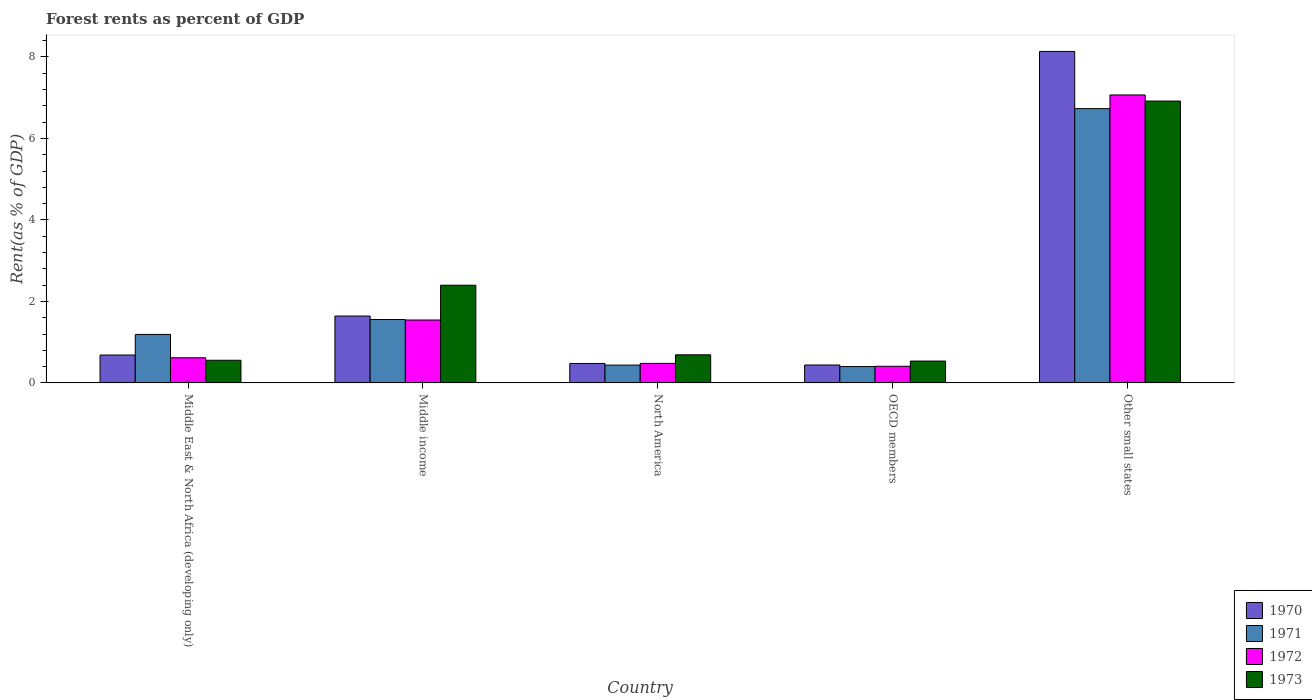
| Country | 1970 | 1971 | 1972 | 1973 |
 | --- | --- | --- | --- | --- |
 | Middle East & North Africa (developing only) | 0.685 | 1.19 | 0.618 | 0.556 |
 | Middle income | 1.64 | 1.56 | 1.54 | 2.4 |
 | North America | 0.478 | 0.438 | 0.48 | 0.69 |
 | OECD members | 0.44 | 0.402 | 0.409 | 0.537 |
 | Other small states | 8.13 | 6.73 | 7.07 | 6.92 |